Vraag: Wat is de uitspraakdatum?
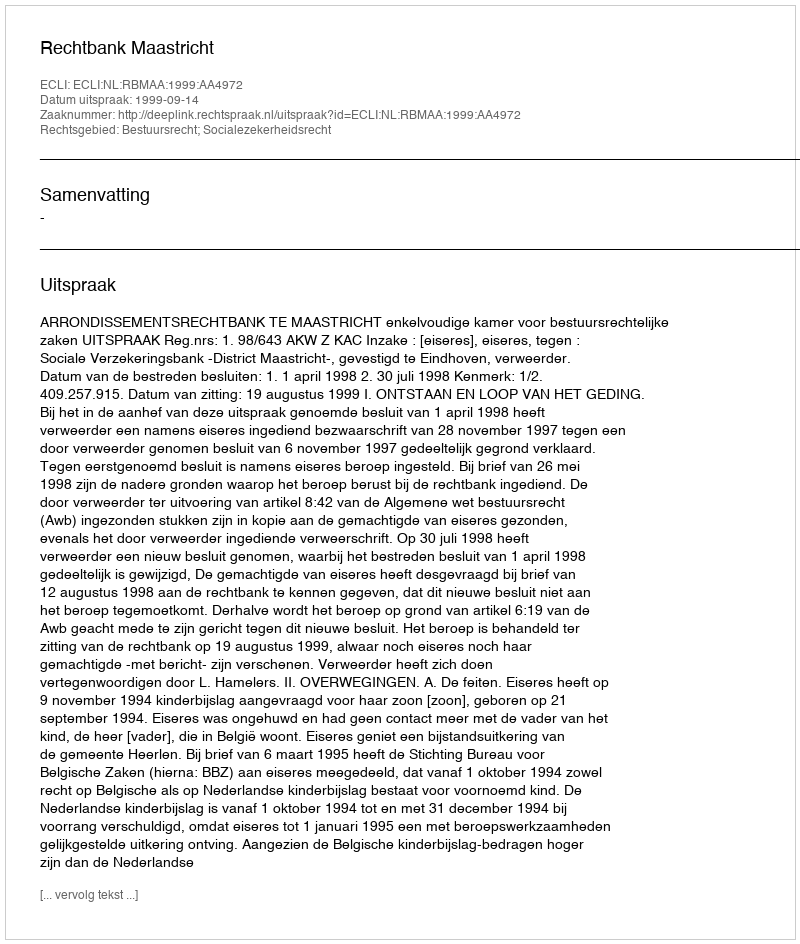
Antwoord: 1999-09-14